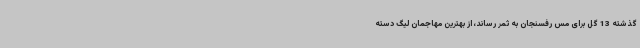
گذشته 13 گل برای مس رفسنجان به ثمر رساند، از بهترین مهاجمان لیگ دسته